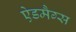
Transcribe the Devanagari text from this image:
ऐडमैग्स